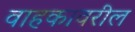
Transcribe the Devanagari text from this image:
वाहकावरील